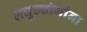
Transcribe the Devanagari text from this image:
लघुउद्योगांना